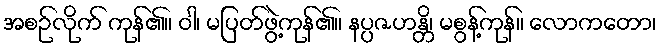
အစဉ်လိုက် ကုန်၏။ ဝါ၊ မပြတ်ဖွဲ့ကုန်၏။ နပ္ပဇဟန္တိ၊ မစွန့်ကုန်။ လောကတော၊